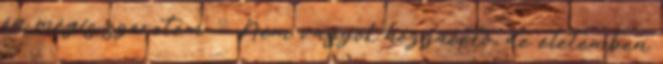
én mégis szeretem. 🙂 Nem vagyok hozzáértő, de életemben